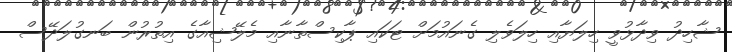
ޝާހިދު ވިދާޅުވީ ހިލަޔާއި ހިލަވެލި ގެނައުމަށް ޓަކައި ޕާކިސްތާނާއި މެލޭޝިއާގެ އިތުރުން ބަނގުލަދޭސް